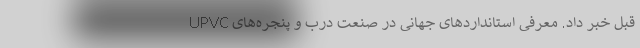
قبل خبر داد. معرفی استانداردهای جهانی در صنعت درب و پنجره‌های UPVC